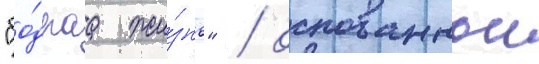
"бо́драа жи́знь" / основаннои